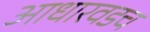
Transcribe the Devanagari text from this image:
आधारवडच